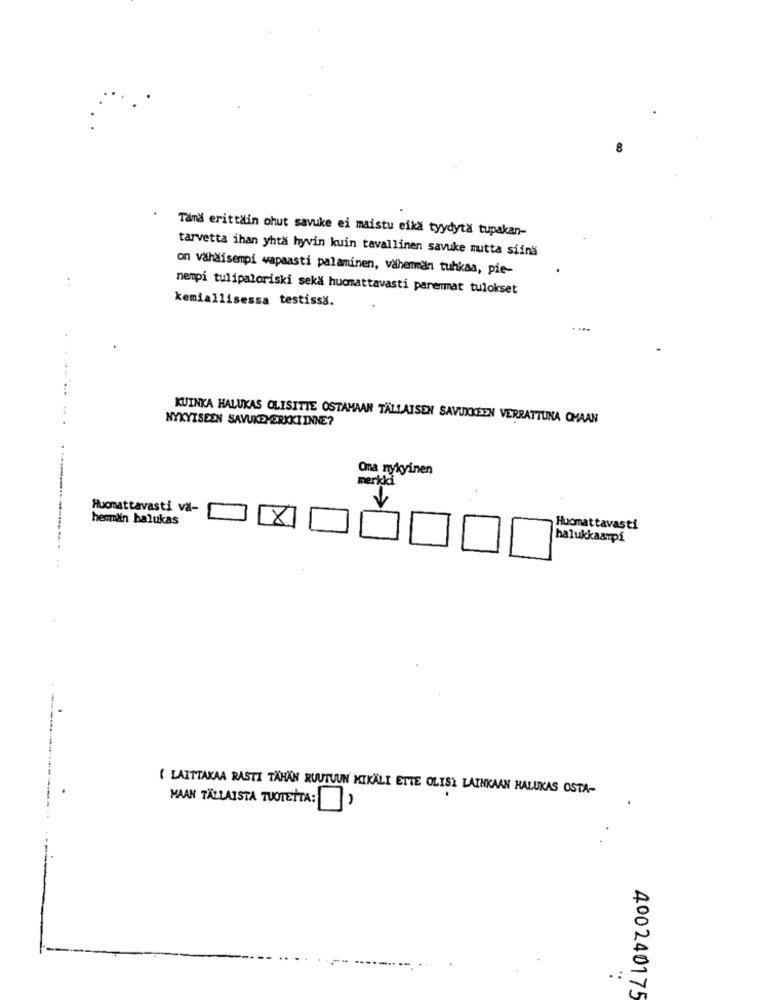
Tama erittain ohut savuke ei maistu eika tyydyta tupakan-
tarvetta ihan yhtä hyvin kuin tavallinen savuke mutta siina
on vähäisempi vapaasti palaminen, vähemmän tuhkaa, pie-
nempi tulipaloriski sekä hucmattavasti paremat tulokset
kemiallisessa testissa.
NYKYISEEN SAVUKEMERKKIINNE?
KUINKA HALUKAS OLISITTE OSTAMAAN TALLAISEN SAVUKKEEN VERRATTUNA OMAAN
..
Ona nykyinen
merkki
Huomattavasti va-
hemain balukas
X
Huomattavasti
halukkaampi
( LAITTAXAA RASTI TAHAN RUUTUUN MIKALI ETTE OLISI LAINKAAN HALUKAS OSTA-
MAAN TÄLLAISTA TUOTETTA:
.:
400240175